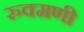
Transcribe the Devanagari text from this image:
रुक्‍मणी